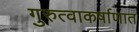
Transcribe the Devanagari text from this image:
गुरुत्वाकर्षाणात